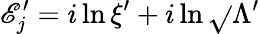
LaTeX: \mathscr{E}_{j}^{\prime}=i\ln\xi^{\prime}+i\ln\sqrt{}{{\Lambda^{\prime}}}